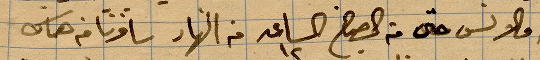
والانس حتى في الصبح الساعة ١٢ من النهار سافرنا من هناك